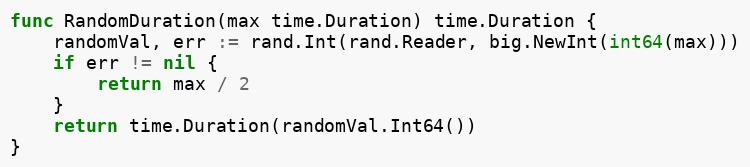
Language: Go
func RandomDuration(max time.Duration) time.Duration {
	randomVal, err := rand.Int(rand.Reader, big.NewInt(int64(max)))
	if err != nil {
		return max / 2
	}
	return time.Duration(randomVal.Int64())
}